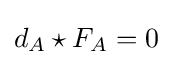
d_{A}\star F_{A}=0